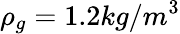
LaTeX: \rho_{g}=1.2kg/m^{3}